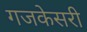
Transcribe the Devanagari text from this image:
गजकेसरी